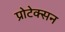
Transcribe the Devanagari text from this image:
प्रोटेक्सन